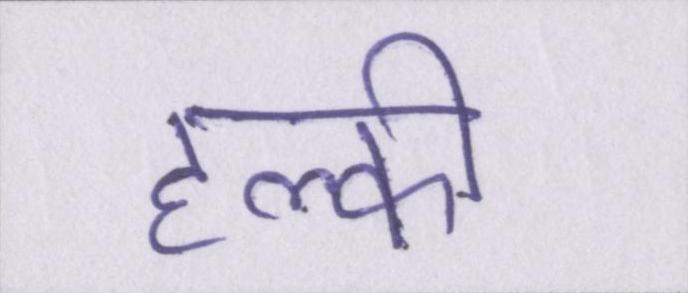
हल्की